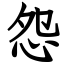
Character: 怨